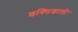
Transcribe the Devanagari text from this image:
शक्‍ितशाली